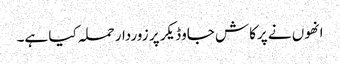
انھوں نے پرکاش جاوڈیکر پر زوردار حملہ کیا ہے۔